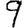
Digit: 9